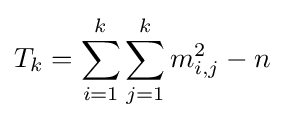
T_{k}=\sum _{i=1}^{k}\sum _{j=1}^{k}m_{i,j}^{2}-n